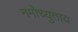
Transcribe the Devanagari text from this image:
नमोच्युताय